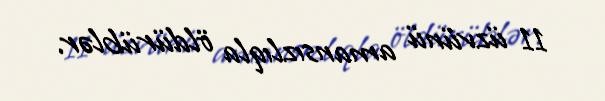
11 üzvünü amansızlıqla öldürüblər.